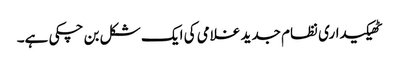
ٹھیکیداری نظام جدید غلامی کی ایک شکل بن چکی ہے۔